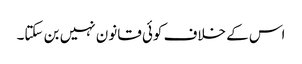
اس کے خلاف کوئی قانون نہیں بن سکتا۔